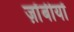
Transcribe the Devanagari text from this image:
ज़ोंबीयों